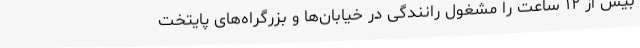
بیش از ۱۲ ساعت را مشغول رانندگی در خیابان‌ها و بزرگراه‌های پایتخت